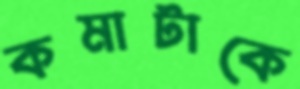
কমাটাকে